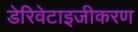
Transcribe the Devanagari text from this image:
डेरिवेटाइजीकरण